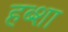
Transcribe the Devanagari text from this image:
हब्शा